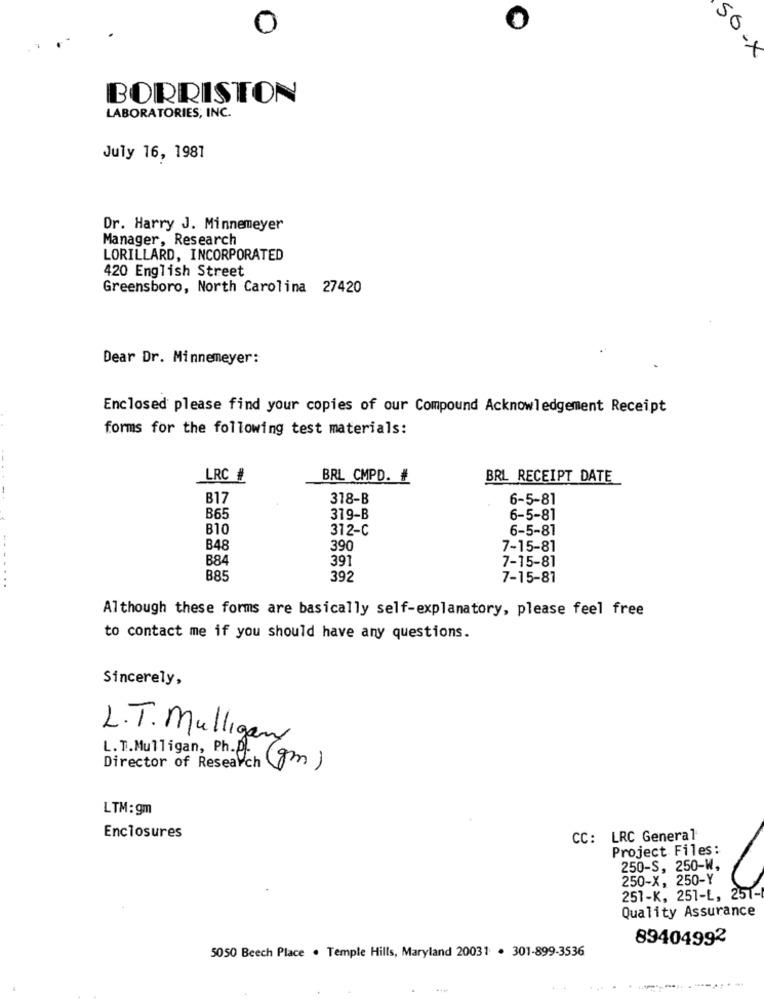
0
O
50-X
BORRISTON
LABORATORIES, INC.
July 16, 1981
Dr. Harry J. Minnemeyer
Manager, Research
LORILLARD, INCORPORATED
420 English Street
Greensboro, North Carolina 27420
Dear Dr. Minnemeyer:
Enclosed please find your copies of our Compound Acknowledgement Receipt
forms for the following test materials:
LRC #
BRL CMPD. #
BRL RECEIPT DATE
B17
318-B
6-5-81
B65
319-B
6-5-81
B10
312-C
6-5-81
B48
390
7-15-81
B84
391
7-15-81
.....
B85
392
7-15-87
Although these forms are basically self-explanatory, please feel free
to contact me if you should have any questions.
Sincerely,
L.T. Mulligan
L. T.Mulligan, Ph. D.
Director of Research (gm)
LTM: gm
Enclosures
CC: LRC General
Project Files:
250-S, 250-W,
250-X, 250-Y
251-K, 251-L, 251-
Quality Assurance
89404992
5050 Beech Place . Temple Hills, Maryland 20031 . 301-899-3536